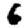
Digit: 6